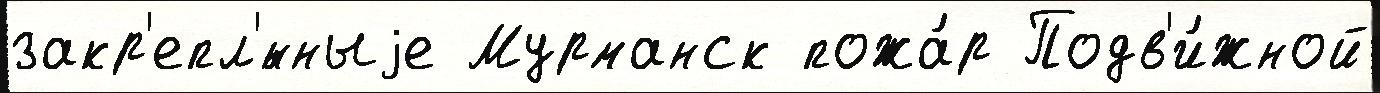
закр'епл'́нныjе Мурманск пожа́р Подв'и́жной